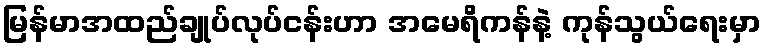
မြန်မာအထည်ချုပ်လုပ်ငန်းဟာ အမေရိကန်နဲ့ ကုန်သွယ်ရေးမှာ